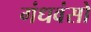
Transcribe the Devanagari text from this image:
गंधवंसो